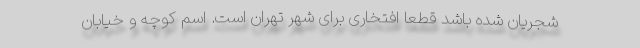
شجریان شده باشد قطعا افتخاری برای شهر تهران است. اسم کوچه و خیابان